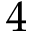
4